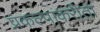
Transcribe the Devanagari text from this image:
प्रकल्पाकरीता